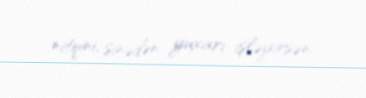
nitqini, sinədən yuxarı işləyirsən.